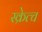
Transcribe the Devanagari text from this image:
स्क्रेत्च